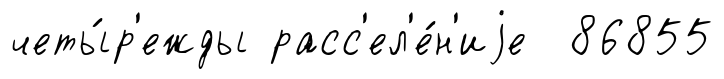
четы́р'ежды расс'ел'е́н'иjе 86855